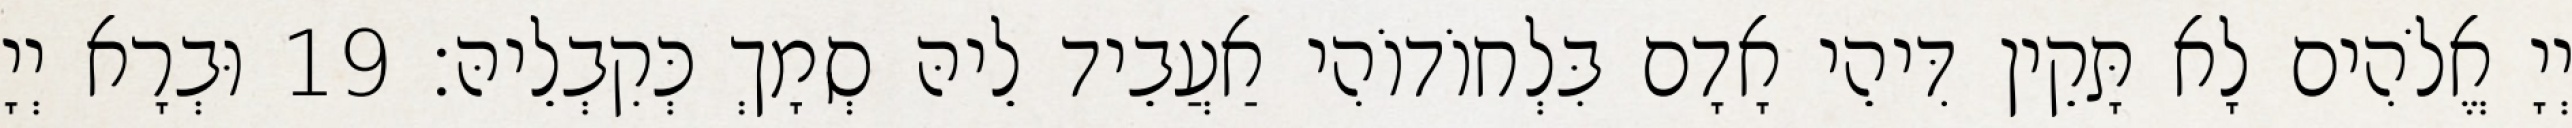
יְיָ אֱלֹהִים לָא תָּקֵין דִּיהֵי אָדָם בִּלְחוֹדוֹהִי אַעֲבֵיד לֵיהּ סְמָךְ כְּקִבְלֵיהּ׃ 19 וּבְרָא יְיָ